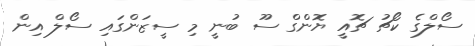
ސޯލްގެ ކޯޗު ޗޮއީ ޔޮންގް ސޫ ބުނީ މި ސީޒަންގައި ސޯލް އިން